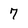
Character: 7